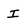
Character: I